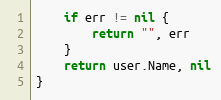
Language: Go
	if err != nil {
		return "", err
	}
	return user.Name, nil
}